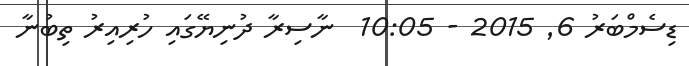
ޑިސެމްބަރު 6